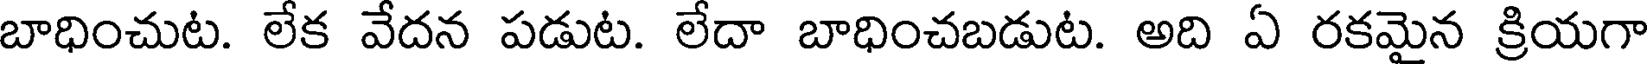
బాధించుట. లేక వేదన పడుట. లేదా బాధించబడుట. అది ఏ రకమైన క్రియగా